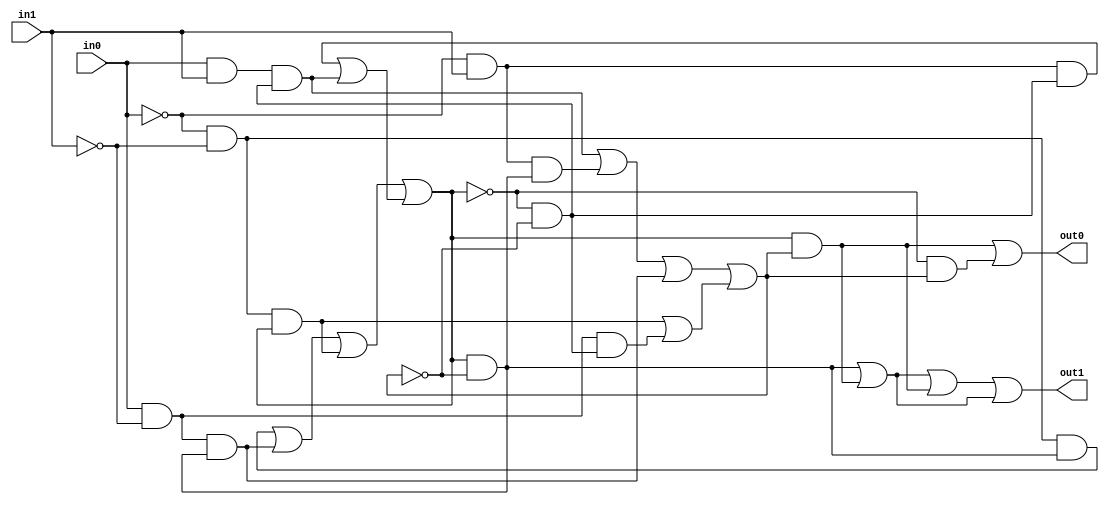
module c1126 (in0,in1,out0,out1);

input in0,in1;

output out0,out1;

wire N0,N1,N2,N3,N4,N5,N6,N7,N8,
N9,N10,N11,N12,N13,N14,N15,N16,N17,N18,
N19,N20,N21,N22,N23,N24,N25,N26,N27,N28,
N29,N30,N31,N32,N33,N34,N35,N36,N37,N38,
N39,N40,N41,N42,N43,N44,N45,N46,N47,N48,
N49,N50,N51,N52,N53,N54,N55,N56,N57,N58,
N59,N60,N61,N62,N63,N64,N65,N66,N67,N68,
N69,N70,N71,N72,N73,N74,N75,N76,N77,N78,
N79,N80,N81,N82,N83,N84,N85,N86,N87,N88,
N89,N90,N91,N92,N93,N94,N95,N96,N97,N98,
N99,N100,N101,N102,N103,N104;

reg R0,R1;

and and0(N4,N5,N6);
and and3(N10,N11,N12);
and and6(N15,N16,N17);
and and9(N21,N22,N23);
and and12(N26,N27,N28);
and and15(N31,N32,N33);
and and1(N5,N7,in1);
and and2(N6,N8,N9);
and and4(N11,in0,in1);
and and5(N12,N13,N14);
and and7(N16,N18,N19);
and and8(N17,R0,N20);
and and10(N22,in0,N24);
and and11(N23,R0,N25);
and and13(N27,N29,in1);
and and14(N28,N30,R0);
and and16(N32,N34,N35);
and and17(N33,R0,R0);
and and18(N41,N42,N43);
and and21(N47,N48,N49);
and and24(N52,N53,N54);
and and27(N57,N58,N59);
and and30(N62,N63,N64);
and and33(N68,N69,N70);
and and36(N73,N74,N75);
and and19(N42,in0,N44);
and and20(N43,N45,N46);
and and22(N48,in0,in1);
and and23(N49,N50,N51);
and and25(N53,N55,in1);
and and26(N54,R0,N56);
and and28(N58,in0,N60);
and and29(N59,R0,N61);
and and31(N63,N65,N66);
and and32(N64,N67,R0);
and and34(N69,N71,in1);
and and35(N70,N72,R0);
and and37(N74,N76,N77);
and and38(N75,R0,R0);
and and39(N83,N84,R1);
and and40(N85,R0,R1);
and and41(N86,N87,R1);
and and42(N88,R0,R1);
and and43(N89,N90,R1);
and and44(N91,R0,R1);
and and45(N92,R0,R1);
and and46(N97,R0,N98);
and and47(N99,R0,R1);
and and48(N100,R0,N101);
and and49(N102,R0,R1);
and and50(N103,R0,R1);
and and51(N104,R0,R1);

or or0(R0,N0,N1);
or or1(N0,N2,N3);
or or2(N1,N4,N10);
or or3(N2,N15,N21);
or or4(N3,N26,N31);
or or5(R1,N36,N37);
or or6(N36,N38,N39);
or or7(N37,N40,N41);
or or8(N38,N47,N52);
or or9(N39,N57,N62);
or or10(N40,N68,N73);
or or11(out0,N78,N79);
or or12(N78,N80,N81);
or or13(N79,N82,N83);
or or14(N80,N85,N86);
or or15(N81,N88,N89);
or or16(N82,N91,N92);
or or17(out1,N93,N94);
or or18(N93,N95,N96);
or or19(N94,N97,N99);
or or20(N95,N100,N102);
or or21(N96,N103,N104);

not not0(N7,in0);
not not1(N8,R0);
not not2(N9,R1);
not not3(N13,R0);
not not4(N14,R1);
not not5(N18,in0);
not not6(N19,in1);
not not7(N20,R1);
not not8(N24,in1);
not not9(N25,R1);
not not10(N29,in0);
not not11(N30,R0);
not not12(N34,in0);
not not13(N35,in1);
not not14(N44,in1);
not not15(N45,R0);
not not16(N46,R1);
not not17(N50,R0);
not not18(N51,R1);
not not19(N55,in0);
not not20(N56,R1);
not not21(N60,in1);
not not22(N61,R1);
not not23(N65,in0);
not not24(N66,in1);
not not25(N67,R0);
not not26(N71,in0);
not not27(N72,R0);
not not28(N76,in0);
not not29(N77,in1);
not not30(N84,R0);
not not31(N87,R0);
not not32(N90,R0);
not not33(N98,R1);
not not34(N101,R1);

endmodule